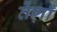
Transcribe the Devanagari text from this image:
तेंणाँ